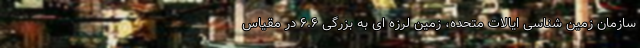
سازمان زمین شناسی ایالات متحده، زمین لرزه ای به بزرگی ۶.۶ در مقیاس